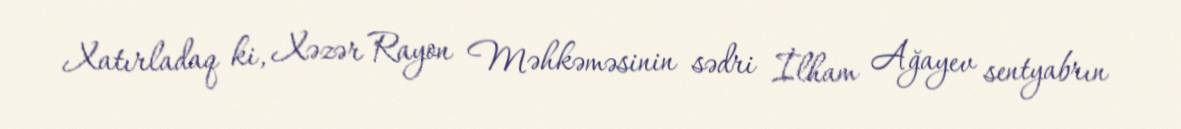
Xatırladaq ki, Xəzər Rayon Məhkəməsinin sədri İlham Ağayev sentyabrın